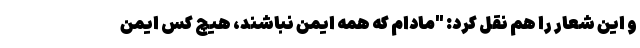
و این شعار را هم نقل کرد: "مادام که همه ایمن نباشند، هیچ کس ایمن